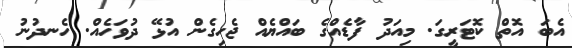
އެބަ އޮތް ކޮޓަރީގަ. މިއަދު ފާޑެއްގެ ބައްޔެއް ޖެހިގެން އުޅޭ ދުވަހެއް. ހެނދުނު